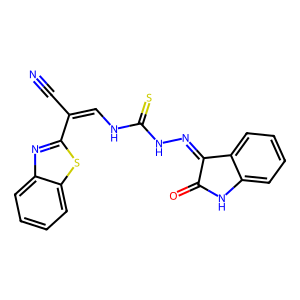
SMILES: N#CC(=CNC(=S)NN=C1C(=O)Nc2ccccc21)c1nc2ccccc2s1
Inhibits HIV replication: No